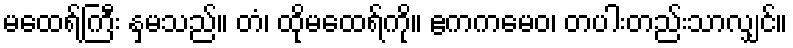
မထေရ်ကြီး နှမသည်။ တံ၊ ထိုမထေရ်ကို။ ဧကကမေဝ၊ တပါးတည်းသာလျှင်။